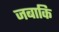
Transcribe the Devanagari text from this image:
जबाकि